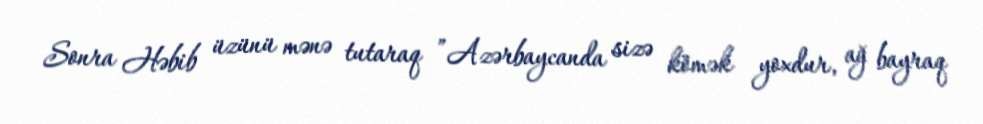
Sonra Həbib üzünü mənə tutaraq ”Azərbaycanda sizə kömək yoxdur, ağ bayraq